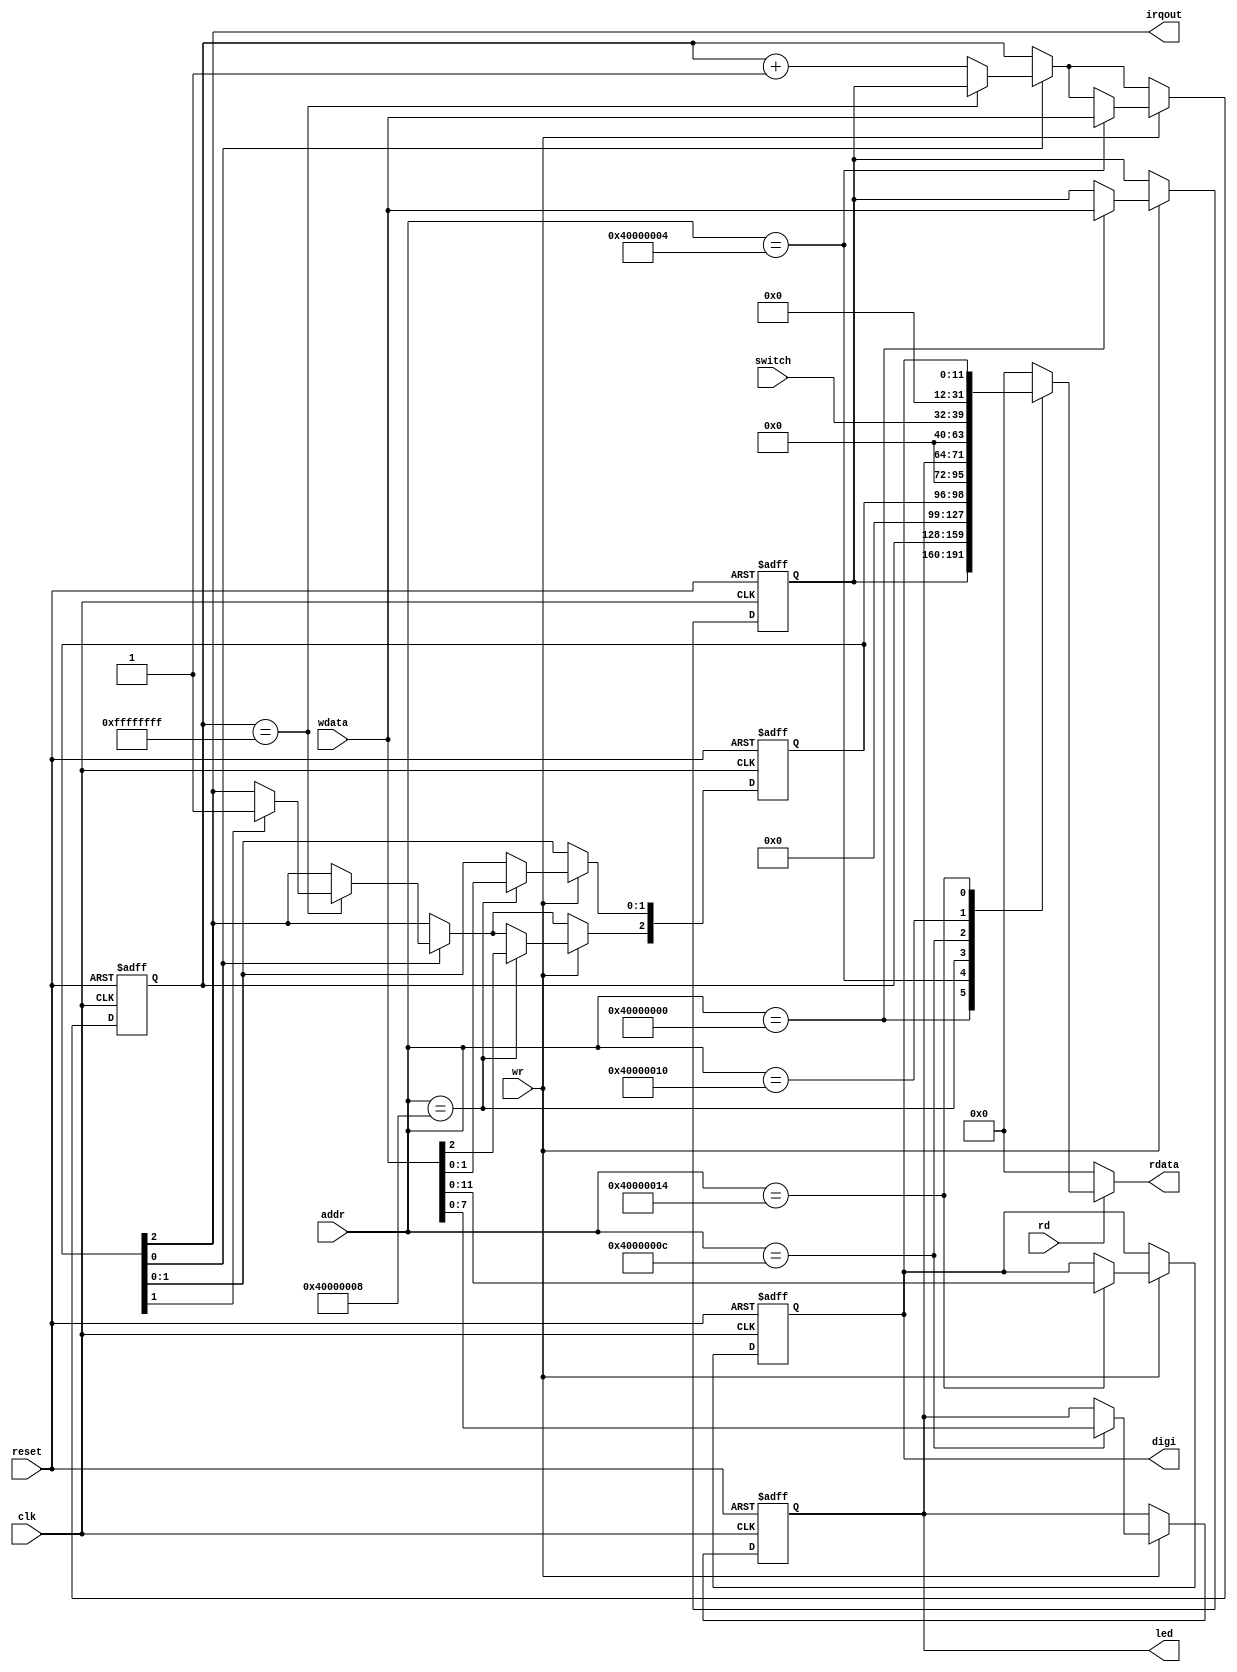
`timescale 1ns/1ps

module Peripheral (reset,clk,rd,wr,addr,wdata,rdata,led,switch,digi,irqout);
input reset,clk;
input rd,wr;
input [31:0] addr;
input [31:0] wdata;
// input uart_rx; //
// output uart_tx; //
output [31:0] rdata;
reg [31:0] rdata;

output [7:0] led;
reg [7:0] led;
input [7:0] switch;
output [11:0] digi;
reg [11:0] digi;
output irqout;

reg [31:0] TH,TL;
reg [2:0] TCON;
assign irqout = TCON[2];

// wire gen_clk;
// reg [7:0] uart_rxd;
// reg [7:0] uart_txd;
// reg [4:0] uart_con;
// baudgen myBaudgen(.sys_clk(clk),.gen_clk(gen_clk));
// receiver1 myReceiver(.uart_rx(uart_rx),.clk(gen_clk),.reset(reset),.rx_data(uart_rxd),.rx_status(uart_con[3]));
// sender mySender(.tx_data(uart_txd),.clk(gen_clk),.reset(reset),.uart_tx(uart_tx),.tx_status(uart_con[4]),.tx_enable(uart_con[2]));
// assign uart_con[2] = uart_con[4];

always@(*) begin
	if(rd) begin
		case(addr)
			32'h40000000: rdata <= TH;			
			32'h40000004: rdata <= TL;			
			32'h40000008: rdata <= {29'b0,TCON};				
			32'h4000000C: rdata <= {24'b0,led};			
			32'h40000010: rdata <= {24'b0,switch};
			32'h40000014: rdata <= {20'b0,digi};
			// 32'h4000001C: begin
			//     if (uart_con[1]&&uart_con[3]) begin
			//         rdata <= {24'b0,uart_rxd};
			// 	    uart_con[3] <= 0;
			//     end
			// 	else rdata <= 32'b0;
		    // end
			// 32'h40000020: rdata <= {27'b0,uart_con};
			default: rdata <= 32'b0;
		endcase
	end
	else
		rdata <= 32'b0;
end

always@(posedge reset or posedge clk) begin
	if(reset) begin
		TH <= 32'b0;
		TL <= 32'b0;
		TCON <= 3'b0;
		digi <= 12'b0;
		led <= 12'b0;
		// uart_con <= 5'b00011;
	end
	else begin
		if(TCON[0]) begin	//timer is enabled
			if(TL==32'hffffffff) begin
				TL <= TH;
				if(TCON[1]) TCON[2] <= 1'b1;		//irq is enabled
			end
			else TL <= TL + 1;
		end
		
		if(wr) begin
			case(addr)
				32'h40000000: TH <= wdata;
				32'h40000004: TL <= wdata;
				32'h40000008: TCON <= wdata[2:0];		
				32'h4000000C: led <= wdata[7:0];			
				32'h40000014: digi <= wdata[11:0];
				// 32'h40000018: begin
				//     if (uart_con[0]&&(~uart_con[2])&&(~uart_con[4])) begin
				//         uart_con[2] <= 1;
				// 	    uart_txd <= wdata[7:0];
				//     end
				// end
				// 32'h40000020: uart_con <= wdata[4:0];
				default: ;
			endcase
		end
	end
end
endmodule